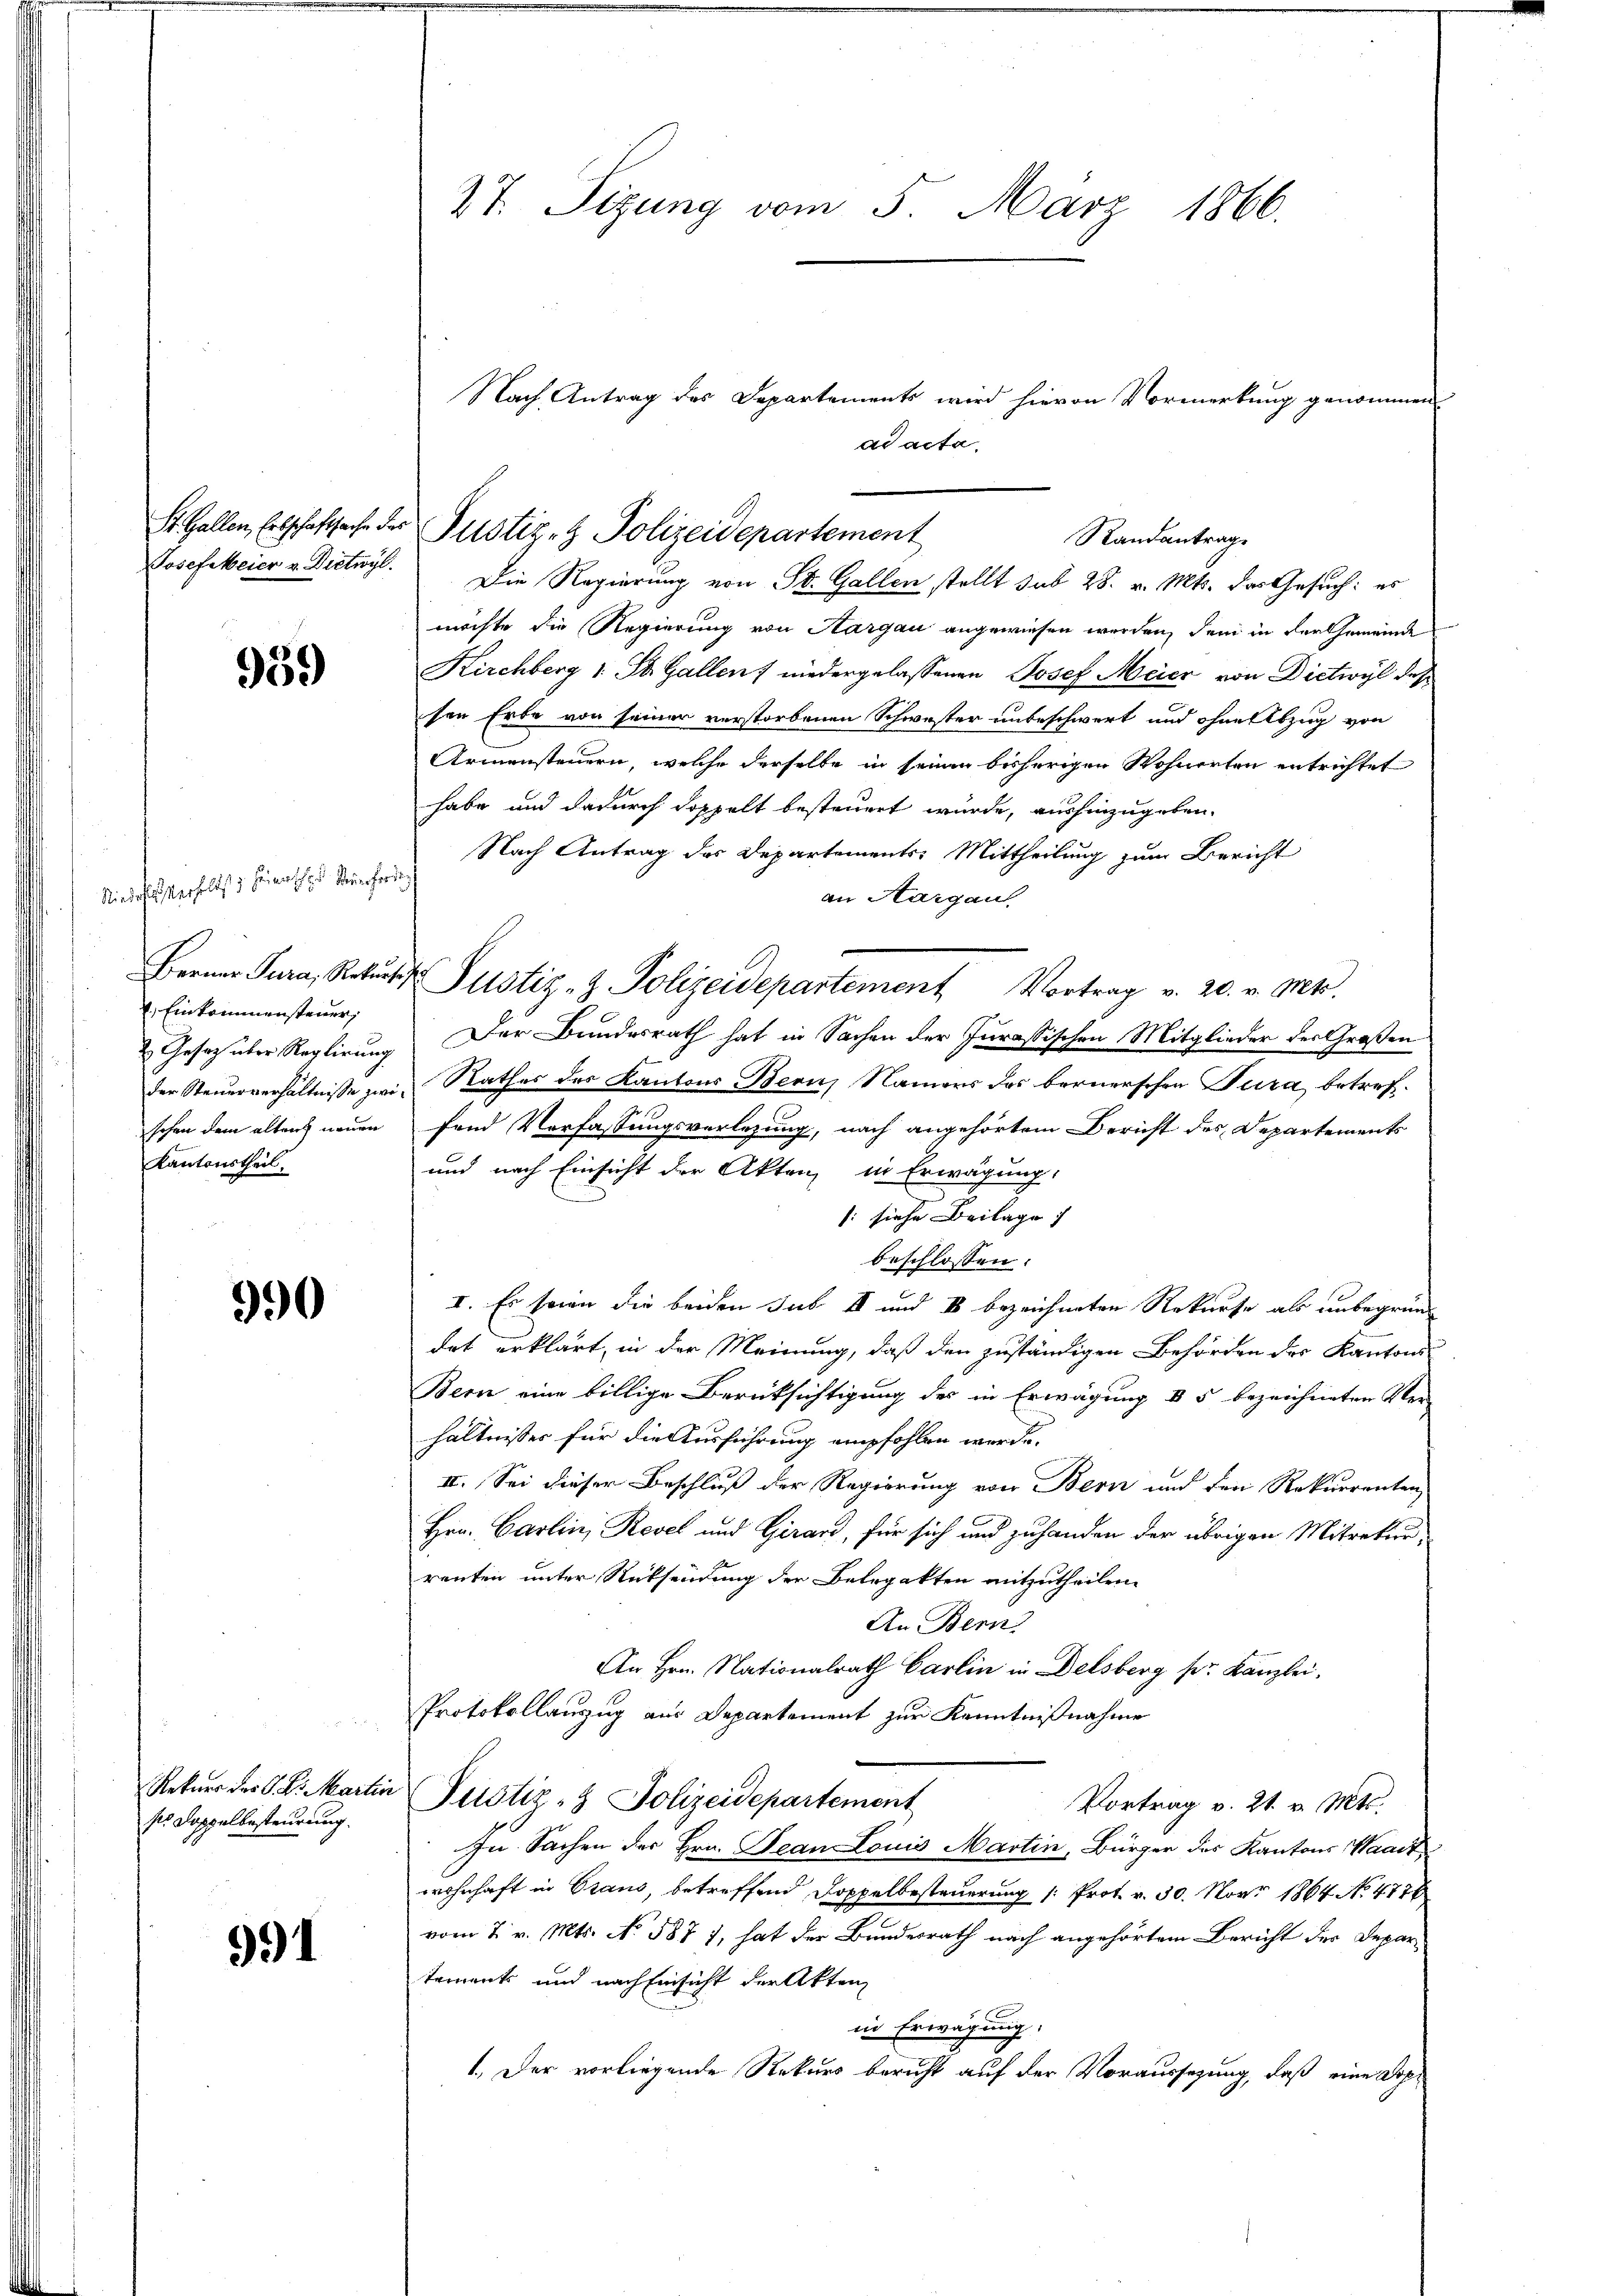
959)

Niederlasserselbst seinerschen Reuerforden
. Einkommensteuer,
schen dem alten neuen
Kantonstheil.

990

Retuer der K. K. Martin
ses Doppel besteurung.

991

27. Sizung vom 5. März 1866.

möchte die Regierung von Aargau angewiesen werden, den in der Gemeinde
Kirchberg 1. St. Gallen, niedergelassenen Josef Meier von Dietwyl des
sen Erbe von seiner verstorbenen Schwester unbeschwert und ohne Abzug von
Armensteuern, welche derselbe in seinen bisherigen Wohnerten entrichtet
habe und dadurch doppelt besteuert wurde, aushinzugeben.
Nach Antrag des Departements: Mittheilung zum Bericht
an Aargau.
2 Gesetz über Reglirung. Der Bundesrath hat in Sachen der Jurassischen Mitglieder des Großen
der Steuerverhältnisse zwi- Rathes des Kantons Bern, Namens des bernerschen Tura, betreffend Verfassungsverlegung, nach angehörtem Bericht des Departements
und nach Einsicht der Akten in Erwägung:
: siehe Beilage) |
beschlossen:
I. Es sowie die beiden sub I und IV bezeichneten Rekurse als unbegründ
dat erklärt, in der Meinung, daß den zuständigen Behörden des Kantons
Bern eine billige Berücksichtigung des in Erwägung & 5 bezeichneten Ver-
hältnisses für die Ausführung empfohlen werde.
II. Sei dieser Beschluß der Regierung von Bern und den Rekurrenten
Hrn. Carlin, Revel und Girard, für sich und zuhanden der übrigen Mitrekur
renten unter Rücksendung der Belopakten mitzutheilen.
An Bern,
An Hrn. Nationalrath Carlin in Delsberg pr. Kanzlei,
Protokollanzug aus Departement zur Kenntnißnahme
Justiz- & Polizeidepartement
Vortrag v. 21. v. Mts.
In Sachen der Hrn. Jean Louis Martin, Bürger des Kantons Waadt
wohnhaft in Traus, betreffend Doppelbesteuerung (: Prot. v. 30. Nov. 1864 No. 4776
vom 2. v. Mts. No. 587 7, hat der Bundesrath nach angehörtem Bericht der Departements und nach Einsicht der Akten
in Erwägung.
1.) Der vorliegende Rekurs bericht auf der Voraussezung, daß eine Dop¬

S. Gallen, Erbschaftsache der Justiz- & Polizeidepartement
Randantrag.
Josefeleier v. Dietwyl. Die Regierung von St. Gallen stellt sub 28. v. Mts. das Gesuch: es

Ferner Jura, Rekŭrs Justiz- & Polizeidepartement Vortrag v. 20. v. Mts.

Nach Antrag des Departements wird hievon Vormerkung genommen
ad acta.